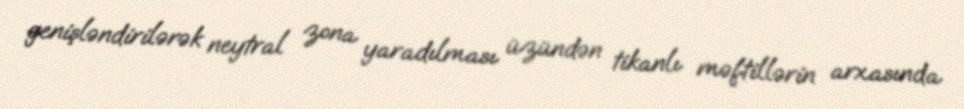
genişləndirilərək neytral zona yaradılması üzündən tikanlı məftillərin arxasında